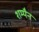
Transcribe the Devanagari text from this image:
शम्पैन